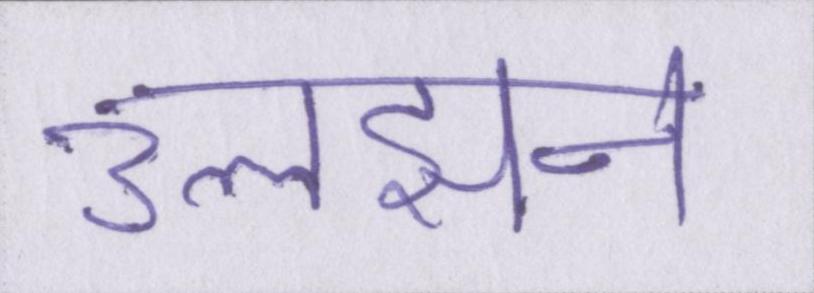
उलझन